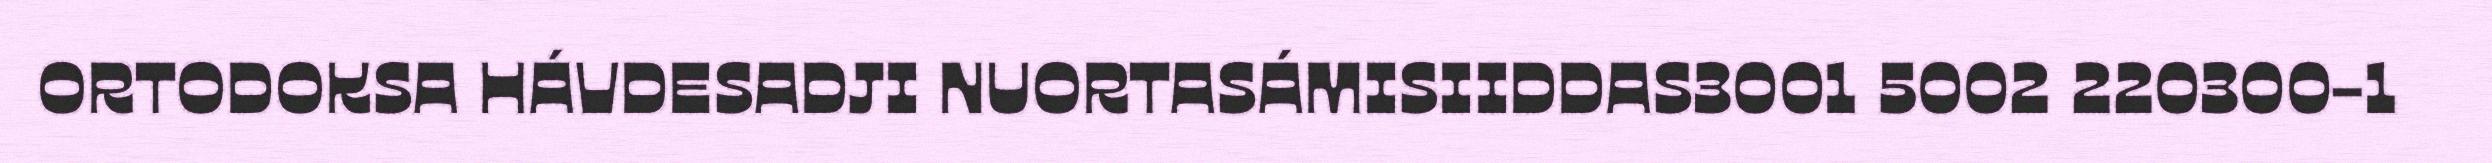
ORTODOKSA HÁVDESADJI NUORTASÁMISIIDDAS3001 5002 220300-1